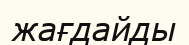
жағдайды